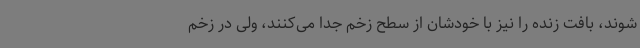
شوند، بافت زنده را نیز با خودشان از سطح زخم جدا می‌کنند، ولی در زخم